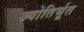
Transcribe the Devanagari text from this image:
ज्योतिर्भूत